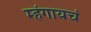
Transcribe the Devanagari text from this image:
म्हंगायचं